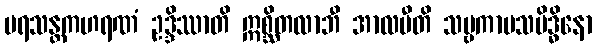
ပရသန္တကဟရဏံ ဥဒ္ဒိဿာတိ ဣစ္ဆိတလာဘီ အာလပီတိ သဗ္ဗကာမသမိဒ္ဓိနော